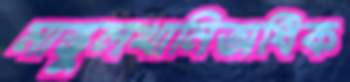
মাস্তুলখানিঅধিক